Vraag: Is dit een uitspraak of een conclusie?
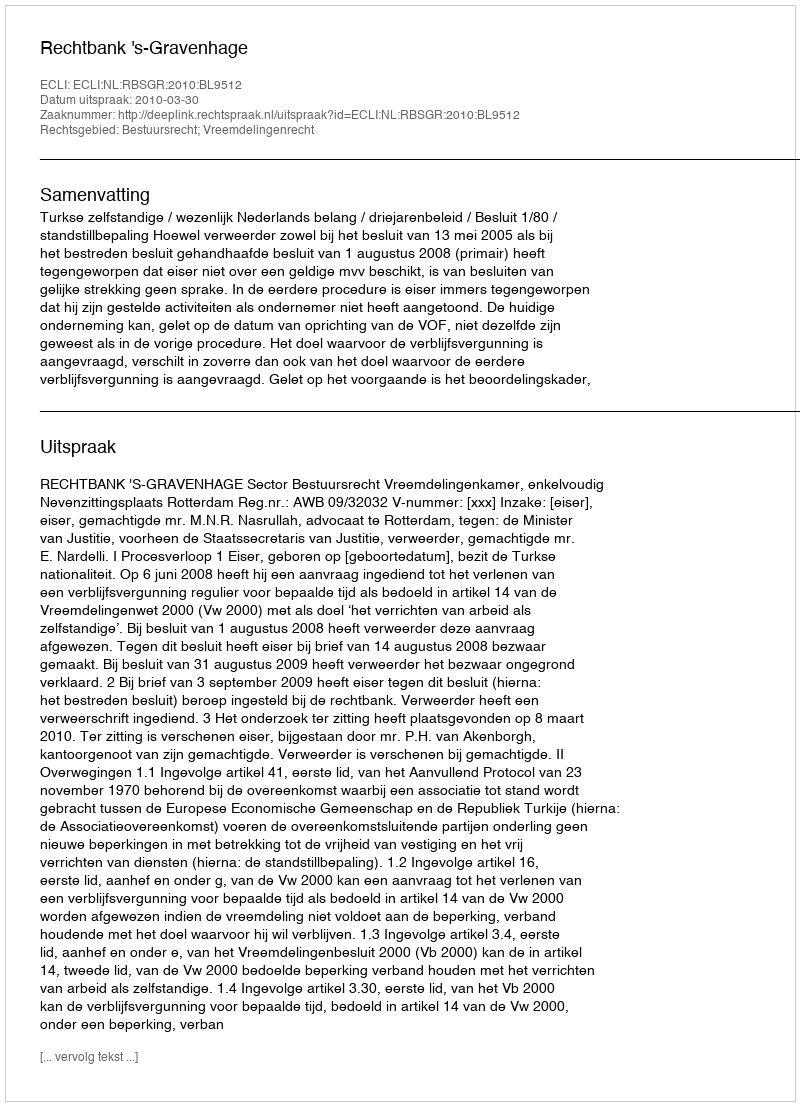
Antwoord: Uitspraak